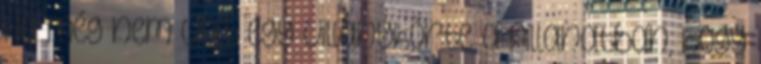
Ha még nem volt egy villanykörte a pillanatban, hogy